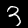
Label: 3